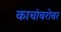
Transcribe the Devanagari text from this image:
काचांबरोबर